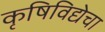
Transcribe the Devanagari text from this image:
कृषिविद्येचा